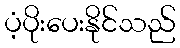
ပံ့ပိုးပေးနိုင်သည်